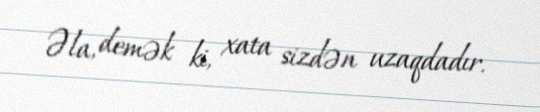
Əla, demək ki, xata sizdən uzaqdadır.